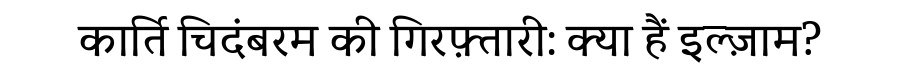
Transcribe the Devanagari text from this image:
कार्ति चिदंबरम की गिरफ़्तारी: क्या हैं इल्ज़ाम?